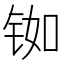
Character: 铷